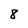
Character: 8